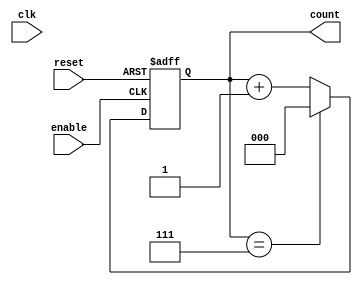
module mod_n_async_counter #(
    parameter N = 8 // Modulus value (should be a power of 2)
)(
    input wire clk,          // Clock signal (not used in asynchronous counting)
    input wire reset,        // Asynchronous reset signal
    input wire enable,       // Asynchronous enable signal
    output reg [2:0] count   // 3-bit output for Mod-8 counter
);

// Internal signal to detect when to reset the counter
wire reset_condition;

// Combinational logic to determine when to reset the counter
assign reset_condition = (count == (N - 1)); // Reset when count reaches N-1

// Asynchronous counting logic
always @(posedge enable or posedge reset) begin
    if (reset) begin
        count <= 3'b000; // Reset counter to 0
    end else if (enable) begin
        if (reset_condition) begin
            count <= 3'b000; // Reset to 0 when count reaches N
        end else begin
            count <= count + 1; // Increment the counter
        end
    end
end

endmodule